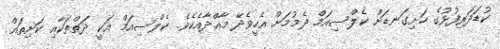
ކުޑަދަރިފުޅުގެ ހަށިގަނޑަށް ކެލްސިއަމް ދެމުމަށް އެހީވެދޭ މާއްދާއެކެވެ. ކެލްސިއަމް އަކީ ދަތްތަކާއި ކަށިތައް